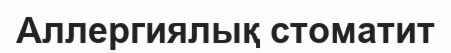
Аллергиялық стоматит